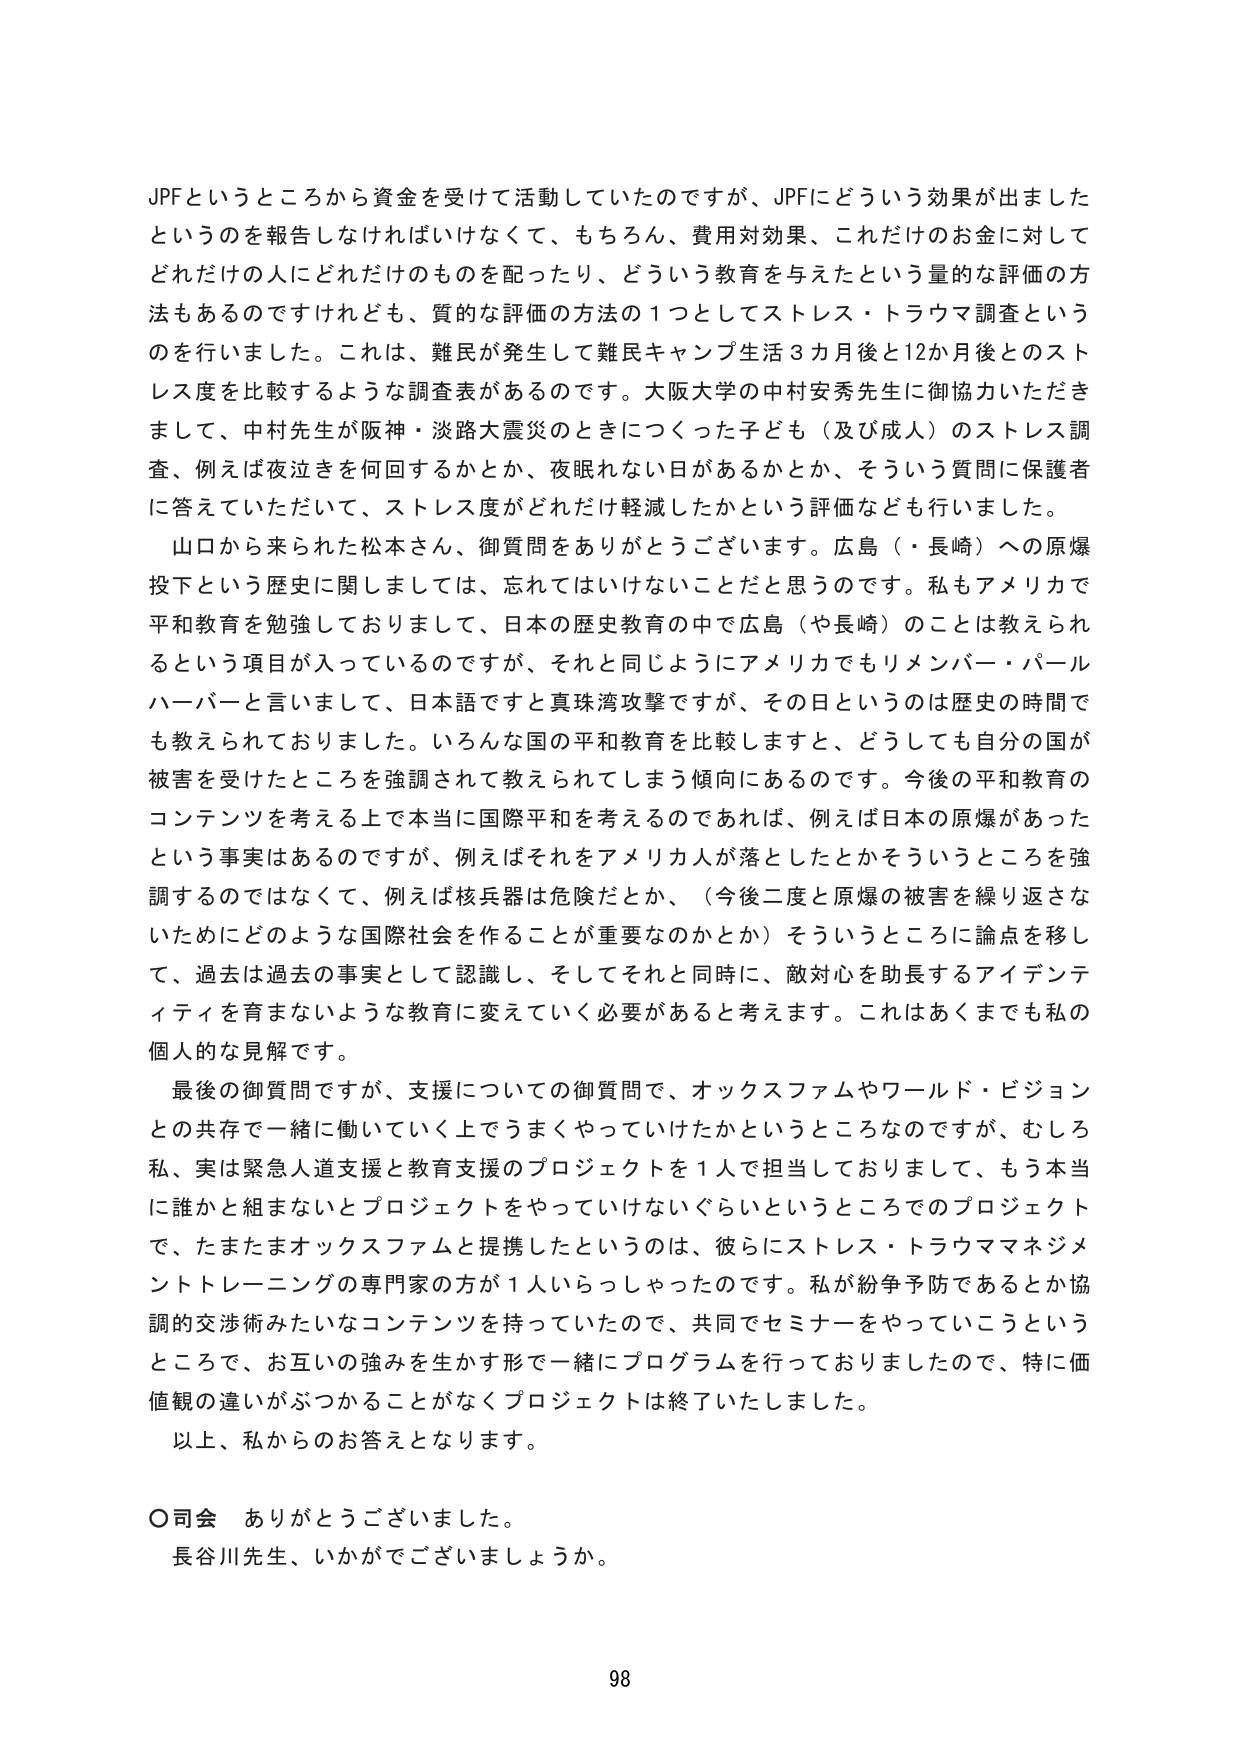
JPFというところから資金を受けて活動していたのですが、JPFにどういう効果が出ましたかというのを報告しなければいけなくて、もちろん、費用対効果、これだけのお金に対してどれだけの人にどれだけのものを配ったり、どういう教育を与えたという量的な評価の方法もあるのですけれども、質的な評価の方法の1つとしてストレス・トラウマ調査というのを行いました。これは、難民が発生して難民キャンプ生活3カ月後と12か月後とのストレス度を比較するような調査表があるのです。大阪大学の中村安秀先生に御協力いただきまして、中村先生が阪神・淡路大震災のときにつくった子ども（及び成人）のストレス調査、例えば夜泣きを何回するかとか、夜眠れない日があるかとか、そういう質問に保護者に答えていただいて、ストレス度がどれだけ軽減したかという評価なども行いました。

山口から来られた松本さん、御質問をありがとうございます。広島（・長崎）への原爆投下という歴史に関しましては、忘れてはいけないことだと思うのです。私もアメリカで平和教育を勉強しておりまして、日本の歴史教育の中で広島（や長崎）のことは教えられるという項目が入っているのですが、それと同じようにアメリカでもリメンバー・パールハーバーと言いまして、日本語ですと真珠湾攻撃ですが、その日というのは歴史の時間でも教えられておりました。いろんな国の平和教育を比較しますと、どうしても自分の国が被害を受けたところを強調されて教えられてしまう傾向にあるのです。今後の平和教育のコンテンツを考える上で本当に国際平和を考えるのであれば、例えば日本の原爆があったという事実はあるのですが、例えばそれをアメリカ人が落としたとかそういうところを強調するのではなくて、例えば核兵器は危険だとか、（今後二度と原爆の被害を繰り返さないためにどのような国際社会を作ることが重要なのかとか）そういうところに論点を移して、過去は過去の事実として認識し、そしてそれと同時に、敵対心を助長するアイデンティティを育まないような教育に変えていく必要があると考えます。これはあくまでも私の個人的な見解です。

最後の御質問ですが、支援についての御質問で、オックスファムやワールド・ビジョンとの共存で一緒に働いていく上でうまくやっていけたかというところなのですが、むしろ私、実は緊急人道支援と教育支援のプロジェクトを1人で担当しておりまして、もう本当に誰かと組まないとプロジェクトをやっていけないぐらいというところでのプロジェクトで、たまたまオックスファムと提携したというのは、彼らにストレス・トラウママネジメントトレーニングの専門家の方が1人いらっしゃったのです。私が紛争予防であるとか協調的交渉術みたいなコンテンツを持っていたので、共同でセミナーを行っていこうというところで、お互いの強みを生かす形で一緒にプログラムを行っておりましたので、特に価値観の違いがぶつかることもなくプロジェクトは終了いたしました。

以上、私からのお答えとなります。

○司会　ありがとうございました。
長谷川先生、いかがでございましょうか。

98